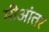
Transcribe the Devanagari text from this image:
मीआंतर